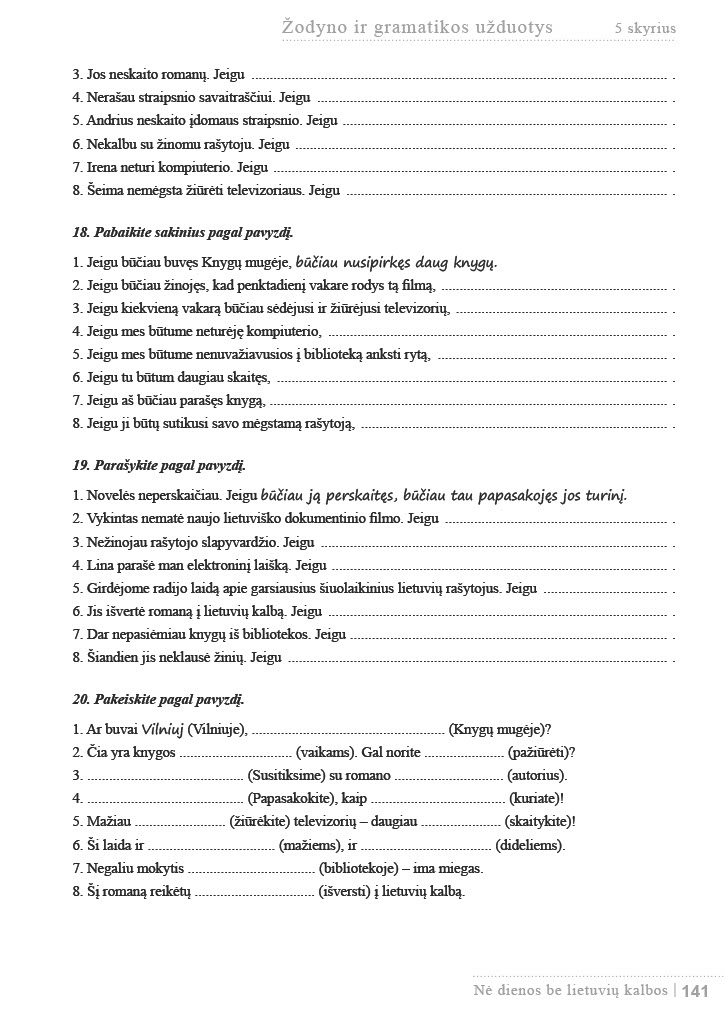
Language: lt